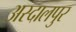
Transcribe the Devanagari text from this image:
अस्दालपुर